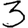
Digit: 3